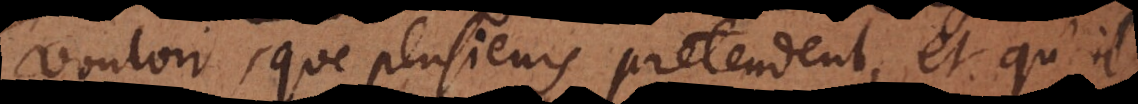
vouloir, que plusieurs pretendent, et qu’il[s]